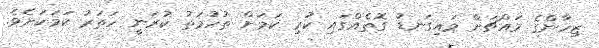
ޒިހާންގެ މައްޗަށް މައިގަނޑު ގޮތެއްގައި ކުރި ކަމަށް ތުހުމަތު ކުރަނީ ހަތަރު ކަމަކަށެވެ.